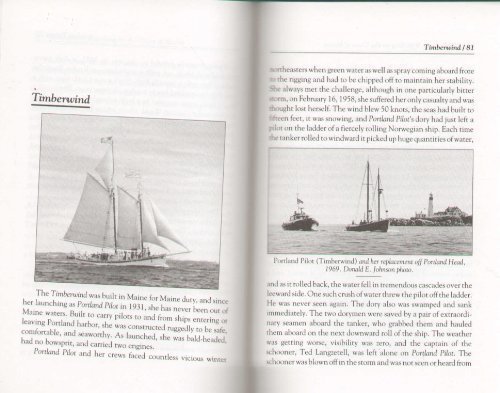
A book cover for Windjammer Watching on the Coast of Maine: A Guide to the Famous Windjammer Fleet and 34 Other Traditional Sailing Vessels; Virginia L. Thorndike; Travel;